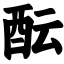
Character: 酝